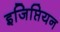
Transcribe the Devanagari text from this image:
इजिप्तियन